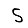
Digit: 5